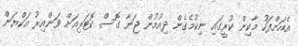
އެއަށްފަހު މާކިން ކުރީގައި ނިކުމެގެން ދިއުމުން ޖަނާ ގޮސް ކޮޓަރިއަށް ވަންއިރު އަކްޔަން